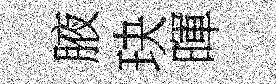
腋玦暉